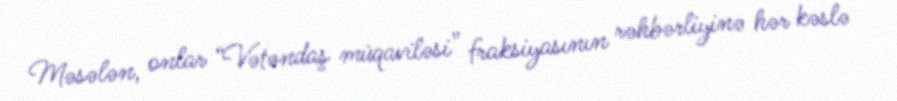
Məsələn, onlar “Vətəndaş müqaviləsi” fraksiyasının rəhbərliyinə hər kəslə